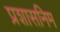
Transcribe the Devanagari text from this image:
प्रशासनिम